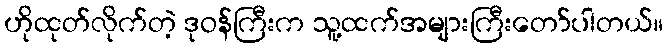
ဟိုထုတ်လိုက်တဲ့ ဒုဝန်ကြီးက သူ့ထက်အများကြီးတော်ပါတယ်။